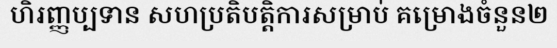
ហិរញ្ញប្បទាន សហប្រតិបត្តិការសម្រាប់ គម្រោងចំនួន២